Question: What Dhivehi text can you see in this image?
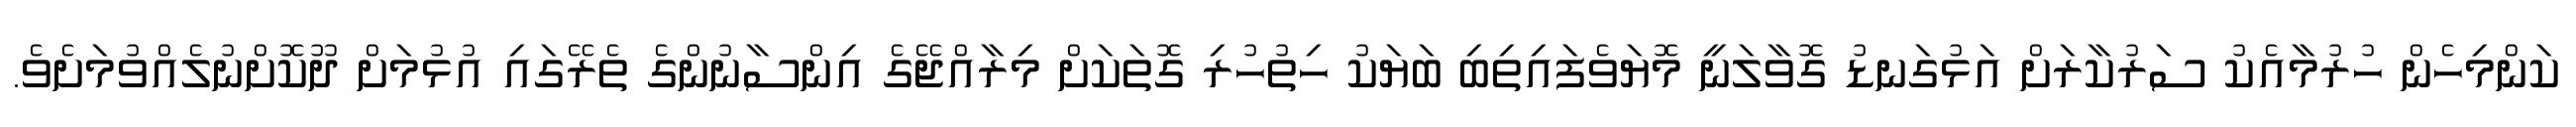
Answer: ކަންމިހެން ހުރުމާއެކު ސަރުކާރަށް އަޅުގަނޑު ގޮވާލަނީ މޮޔަވެފައިތިބި ބަޔަކު ހިތުހުރި ގޮތަކަށް މިރާއްޖޭގެ އިންސާނުންގެ ތެރޭގައި އުޅުމަށް ދޫކޮށްނުލެއްވުމަށެވެ.